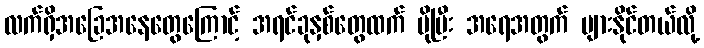
လက်ရှိအခြေအနေတွေကြောင့် အရင်ခုနှစ်တွေထက် ပိုပြီး အရေအတွက် များနိုင်တယ်လို့